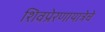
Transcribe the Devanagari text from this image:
शिवप्रेरणायात्रेचे